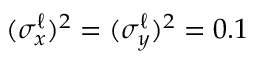
( \sigma _ { x } ^ { \ell } ) ^ { 2 } = ( \sigma _ { y } ^ { \ell } ) ^ { 2 } = 0 . 1